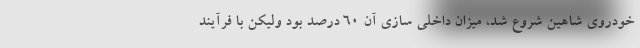
خودروی شاهین شروع شد، میزان داخلی سازی آن ۶۰ درصد بود ولیکن با فرآیند